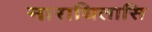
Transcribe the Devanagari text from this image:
नाराधितासि